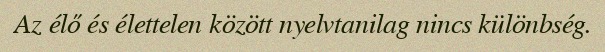
Az élő és élettelen között nyelvtanilag nincs különbség.